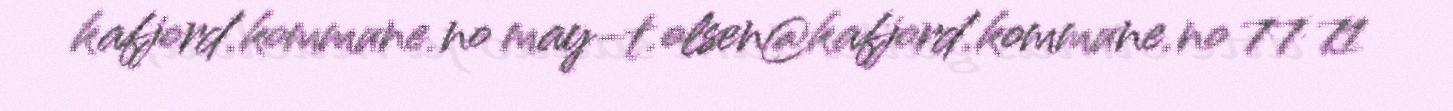
kafjord.kommune.no may-t.olsen@kafjord.kommune.no 77 71